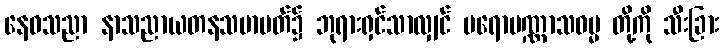
နေဝသညာ နာသညာယတနသမာပတ်၌ ဘုရားရှင်သာလျှင် ပရောပဏ္ဏာသဓမ္မ တို့ကို သီးခြား